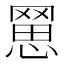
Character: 𦋮